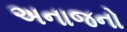
અનાજનો